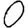
Digit: 0